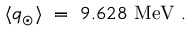
\langle q _ { \odot } \rangle \ = \ 9 . 6 2 8 ~ \mathrm { M e V } ~ .